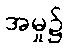
အမှု၌